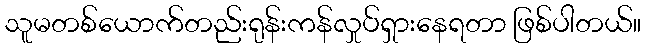
သူမတစ်ယောက်တည်းရုန်းကန်လှုပ်ရှားနေရတာ ဖြစ်ပါတယ်။